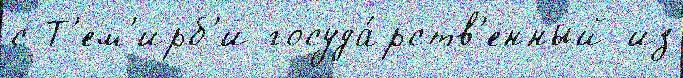
с Т'ем'ирб'и госуда́рств'енный из